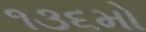
૧૩૬મો